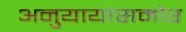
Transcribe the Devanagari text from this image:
अनुयायांसमोर